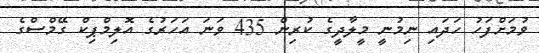
ވުމަށްފަހު ހަދައި ނިމުނީ މީލާދީގެ ކުރިން 435 ވަނަ އަހަރުގެ އޮލިމްޕިކް ގޭމްސްގެ